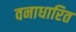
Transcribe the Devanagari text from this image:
वनाधारित